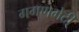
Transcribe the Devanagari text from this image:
गगणभेदी